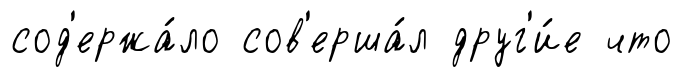
сод'ержа́ло сов'ерша́л друг'и́е что